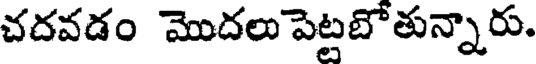
చదవడం మొదలు పెట్టబోతున్నారు.